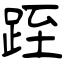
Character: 跮